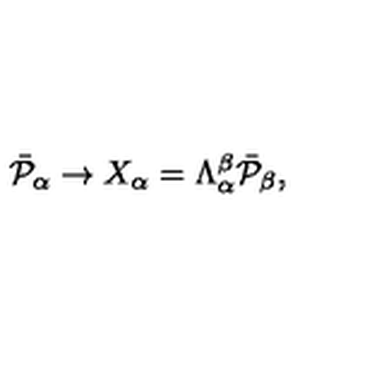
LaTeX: \bar { { \cal P } } _ { \alpha } \rightarrow X _ { \alpha } = \Lambda _ { \alpha } ^ { \beta } \bar { { \cal P } } _ { \beta } ,